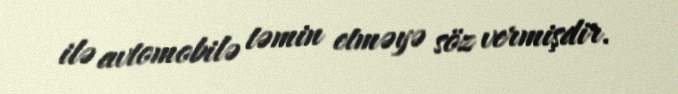
ilə avtomobilə təmin etməyə söz vermişdir.